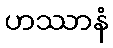
ဟဿာနံ